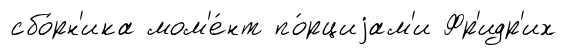
сбо́рн'ика мом'е́нт по́рциjам'и Фр'идр'их